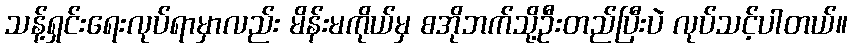
သန့်ရှင်းရေးလုပ်ရာမှာလည်း မိန်းမကိုယ်မှ စအိုဘက်သို့ဦးတည်ပြီးပဲ လုပ်သင့်ပါတယ်။